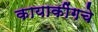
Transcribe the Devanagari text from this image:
कायाकींगचे